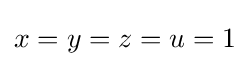
x=y=z=u=1